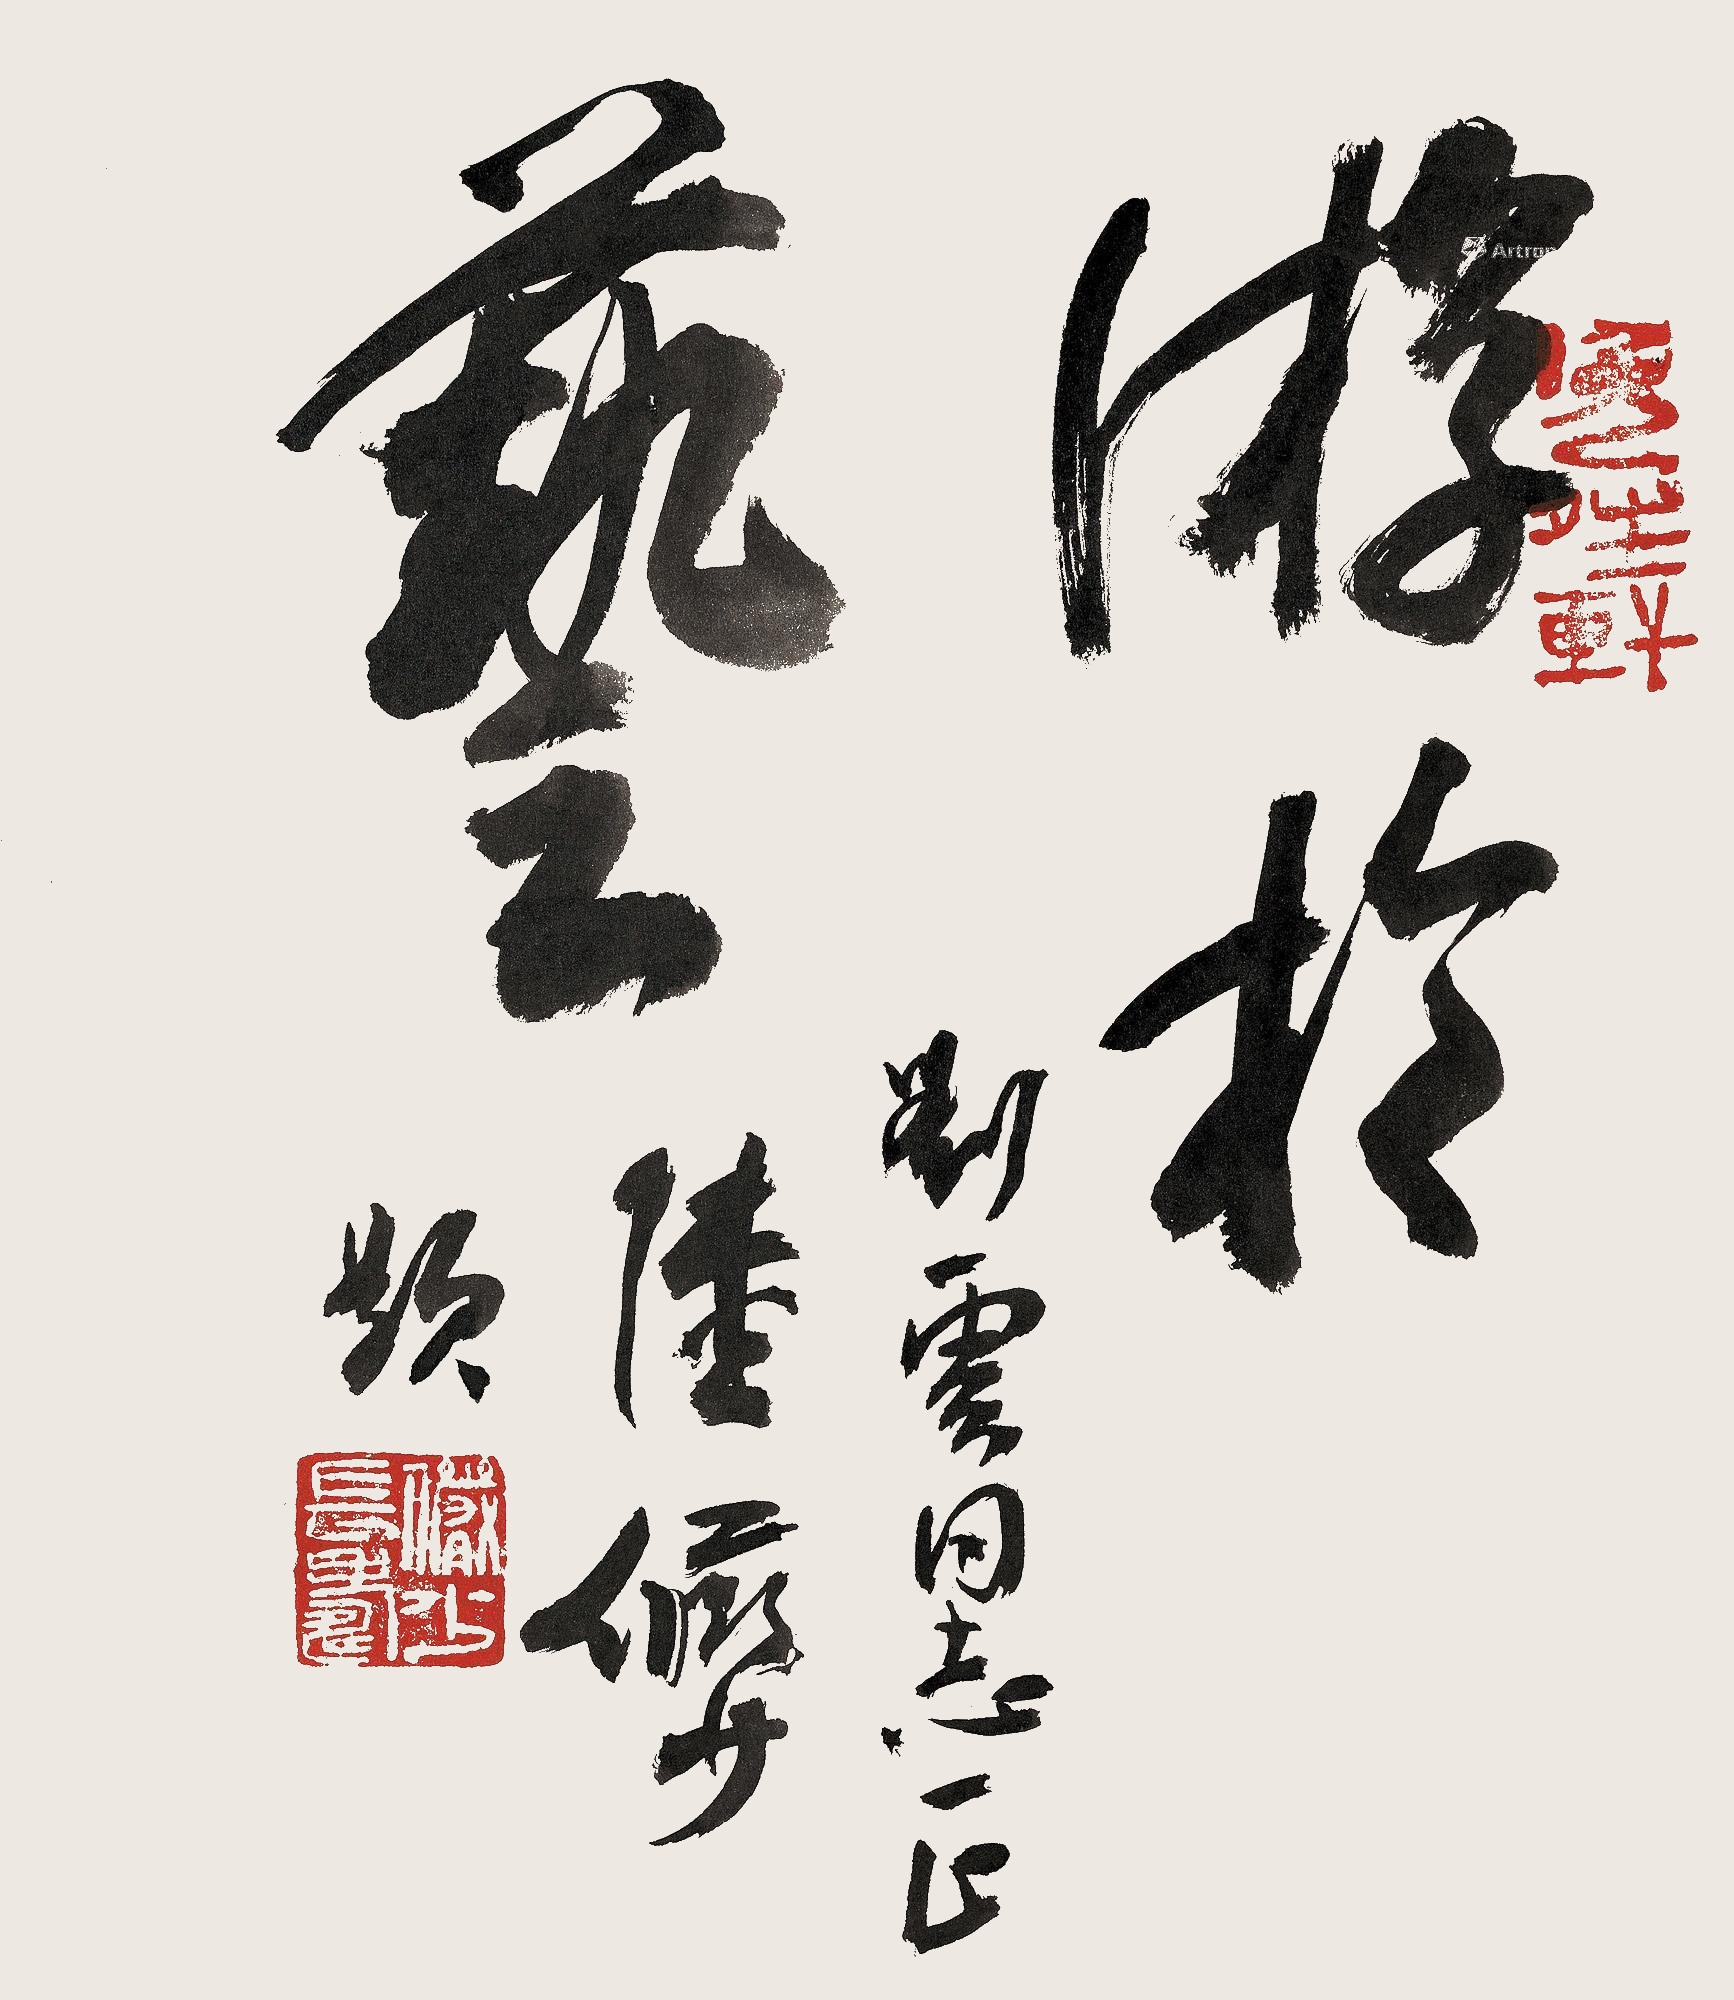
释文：游于艺刘云同志正，陆俨少题。